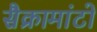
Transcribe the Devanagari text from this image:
सैक्रामांटो